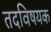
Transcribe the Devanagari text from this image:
तदविषयक